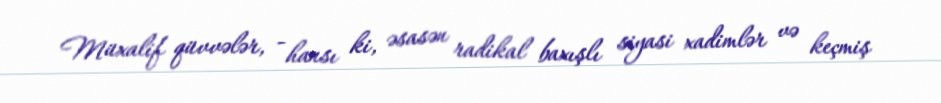
Müxalif qüvvələr, - hansı ki, əsasən radikal baxışlı siyasi xadimlər və keçmiş